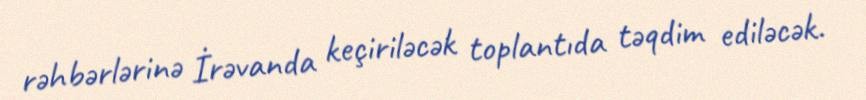
rəhbərlərinə İrəvanda keçiriləcək toplantıda təqdim ediləcək.